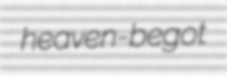
heaven-begot